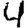
Digit: 4